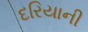
દરિયાની